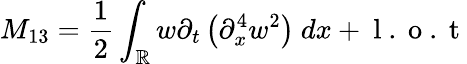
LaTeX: M_{13}=\frac{1}{2}\int_{\mathbb R}w\partial_{t}\left(\partial_{x}^{4}w^{2}\right)\ dx+\mathrm{~l~.~o~.~t~}